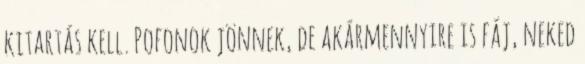
kitartás kell. Pofonok jönnek, de akármennyire is fáj, neked